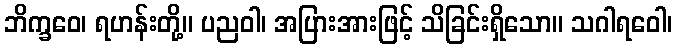
ဘိက္ခဝေ၊ ရဟန်းတို့။ ပညဝါ၊ အပြားအားဖြင့် သိခြင်းရှိသော။ သဂါရဝေါ၊